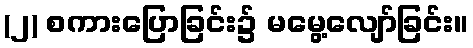
(၂) စကားပြောခြင်း၌ မမွေ့လျော်ခြင်း။